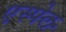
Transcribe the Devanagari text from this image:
एस्पेल